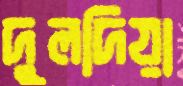
দুলদিয়া